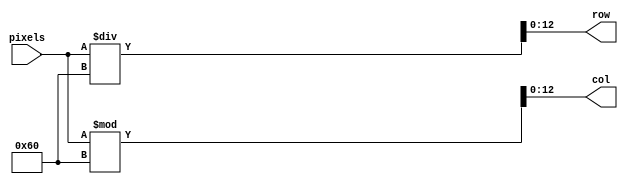
`timescale 1ns / 1ps
//////////////////////////////////////////////////////////////////////////////////
// Company: 
// Engineer: 
// 
// Design Name: 
// Module Name: get_x_y
// Project Name: 
// Target Devices: 
// Tool Versions: 
// Description: 
// 
// Dependencies: 
// 
// Revision:
// Revision 0.01 - File Created
// Additional Comments:
// 
//////////////////////////////////////////////////////////////////////////////////

//64 rows, 96 columns
//first row / col is numbered 0
//pixels: 0 to 6143
//ROWS WORK!

module get_coords(input [12:0] pixels, output [12:0] row, col); //landscape
//no. of full rows above 
assign col = pixels % 96;
assign row = pixels / 96;

endmodule